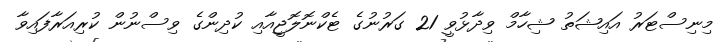
މިނިސްޓަރު އައިޝަތު ޝިހާމް ވިދާޅުވީ 21 ގަރުނުގެ ޓެކްނޮލޮޖީއާއި ކުދިންގެ ވިސްނުން ކުރިއަރާފައިވާ